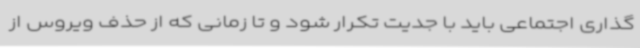
گذاری اجتماعی باید با جدیت تکرار شود و تا زمانی که از حذف ویروس از